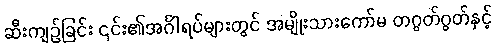
ဆီးကျဉ်ခြင်း ၎င်း၏အင်္ဂါရပ်များတွင် အမျိုးသားကော်မ တဂွတ်ဂွတ်နှင့်